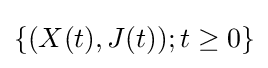
\{(X(t),J(t));t\geq 0\}